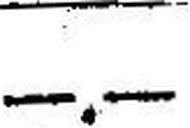
—.—